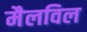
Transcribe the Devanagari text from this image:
मैलविल